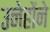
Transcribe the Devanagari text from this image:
उनेहोंने